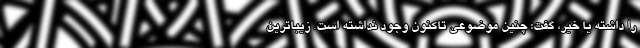
را داشته یا خیر، گفت: چنین موضوعی تاکنون وجود نداشته است. زیباترین